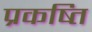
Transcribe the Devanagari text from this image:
प्रकष्ति